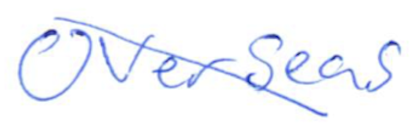
Text: Overseas
Cross-out: diagonal
Writing tool: ballpoint